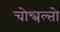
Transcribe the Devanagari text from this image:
चोन्त्रल्तो